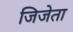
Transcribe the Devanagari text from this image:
जिजेता